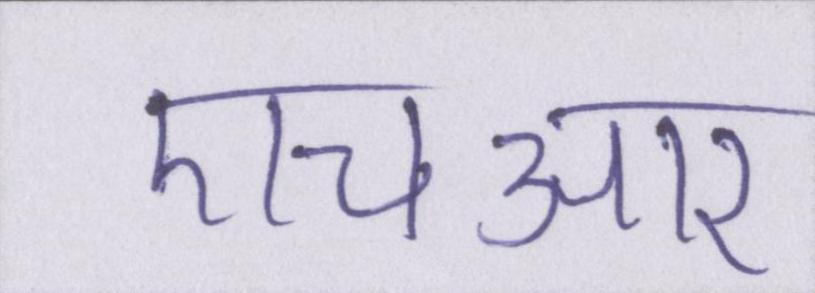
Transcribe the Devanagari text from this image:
एचआर